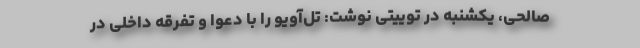
صالحی، یکشنبه در توییتی نوشت: تل‌آویو را با دعوا و تفرقه‌ داخلی در